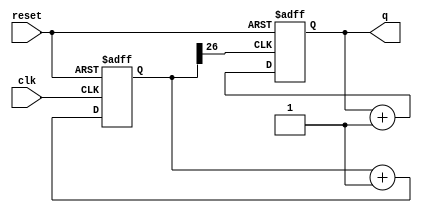
`timescale 1ns / 1ps
//////////////////////////////////////////////////////////////////////////////////
// Company: 
// Engineer: 
// 
// Design Name: 
// Module Name:    count4b_12 
// Project Name: 
// Target Devices: 
// Tool versions: 
// Description: 
//
// Dependencies: 
//
// Revision: 
// Revision 0.01 - File Created
// Additional Comments: 
//
//////////////////////////////////////////////////////////////////////////////////
module count4b_12(q,clk,reset
    );
	 input clk,reset;
	 output [3:0]q;
	 reg [3:0]out;
	 
	reg [26:0] divider=27'd0;
	always @(posedge clk or posedge reset)
	begin 
		if (reset)
			divider <=27'd0;
		else
			divider <= divider+27'd1;
end

always @(posedge divider[26] or posedge reset)
begin
	if (reset)
		out<=4'd0;
	else
		out<=out+4'd1;
end
assign q= out;

endmodule